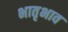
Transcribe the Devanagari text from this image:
भातृभाव